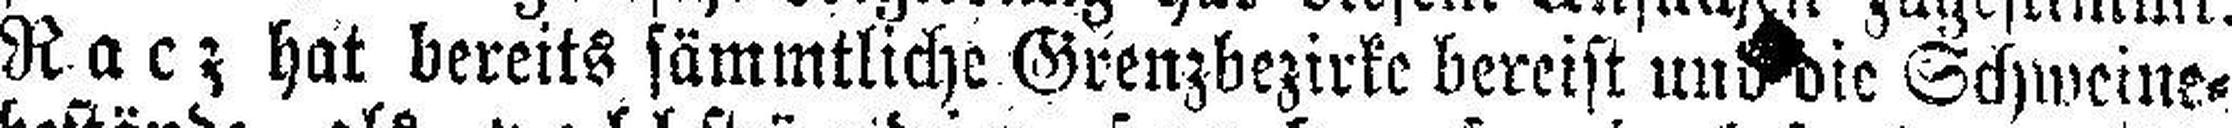
Racz hat bereits sämmtliche Grenzbezirke bereist und die Schweine¬